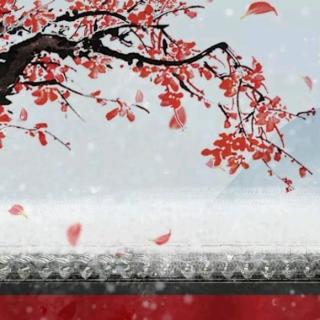
造物无言却有情，每于寒尽觉春生。